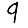
Digit: 9